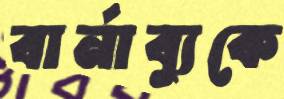
বার্নাব্যুকে